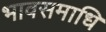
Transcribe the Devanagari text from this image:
भावसमाधि